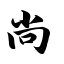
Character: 尚